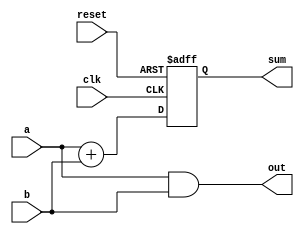
module example_design (
    input wire clk,          // Clock input
    input wire reset,        // Reset input
    input wire [3:0] a,      // 4-bit input a
    input wire [3:0] b,      // 4-bit input b
    output reg [4:0] sum,    // 5-bit output for sum
    output reg [3:0] out     // 4-bit output for some combinational logic
);

// Combinational logic using always @*
always @* begin
    // Example: Simple combinational logic (AND operation)
    out = a & b; // Perform bitwise AND on inputs a and b
end

// Sequential logic using always @(posedge clk)
always @(posedge clk or posedge reset) begin
    if (reset) begin
        sum <= 5'b0; // Reset sum to 0
    end else begin
        sum <= a + b; // Add inputs a and b on clock edge
    end
end

endmodule